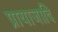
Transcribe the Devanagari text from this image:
प्रायाजादि